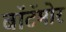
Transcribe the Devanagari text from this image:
बॉटॅमोर